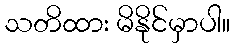
သတိထား မိနိုင်မှာပါ။